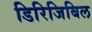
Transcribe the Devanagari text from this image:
डिरिजिबिल